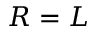
R = L